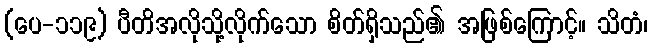
(ပေ-၁၁၉) ပီတိအလိုသို့လိုက်သော စိတ်ရှိသည်၏ အဖြစ်ကြောင့်။ သိတံ၊